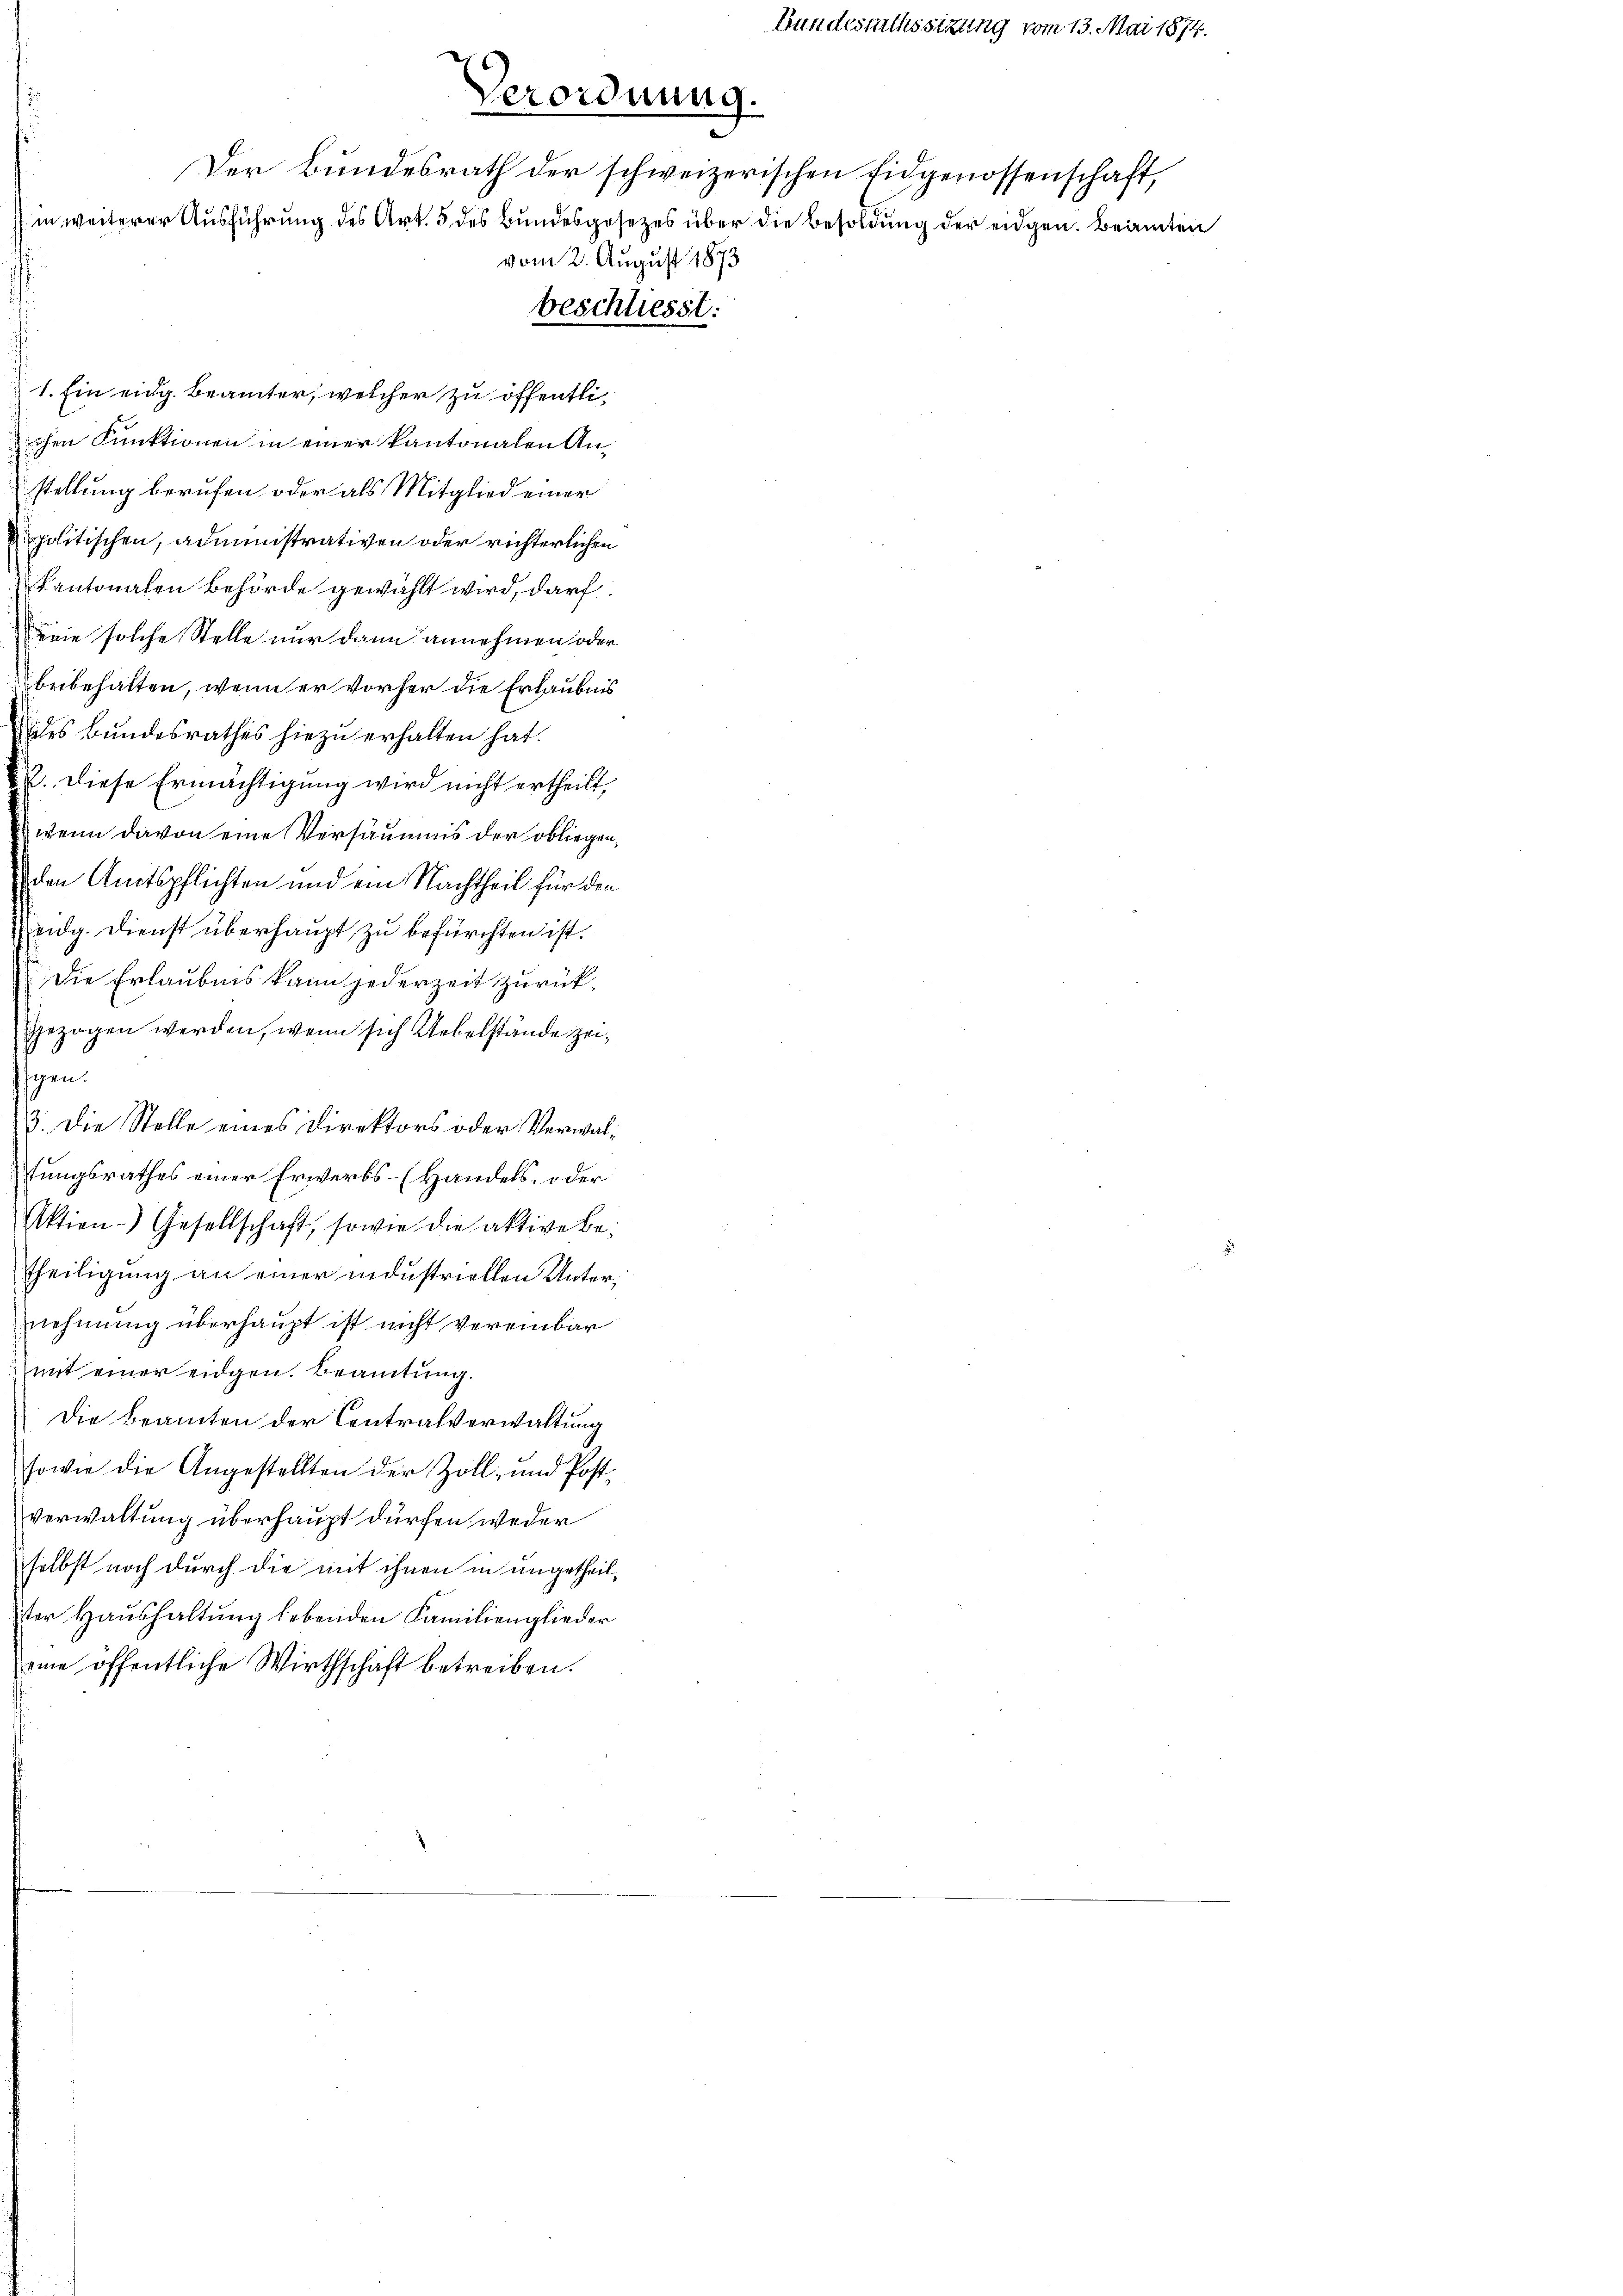
beschliesst:

1. Ein eidg. Beamter, welcher zu öffentlichen Funktionen in einer kantonalen Anstellung berufen oder als Mitglied einer
ppolitischen, administrativen oder richterlichen
Kantonalen Behörde gewählt wird, darf
Deine solche Stelle nur dann annehmen oder
beibehalten, wenn er vorher die Erlaubnis
ales Bundesrathes hiezu erhalten hat.
u. Diese Ermächtigung wird nicht ertheilt,
wenn davon eine Versaums der obliegen,
den Amtspflichten und ein Nachtheil für den
eidg. Dienst überhaupt zu befürchten ist.
Die Erlaubnis kann jederzeit zurückgezogen werden, wenn sich Uebelstände zeigen.
3. Die Stelle eines Direktors oder Verwaltungsrathes einer Erwerbs- (Handels- oder
Aktien- Gesellschaft, sowie die aktive be¬
Theiligung an einer industriellen Unternehmung überhaupt ist nicht vereinbar
mit einer eidgen. Beamtung.
Die Beamten der Centralverwaltung
sowie die Angestellten der Zoll- und Postverwaltung überhaupt dürfen weder
selbst noch durch die mit ihnen in ungetheilder Haushaltung lebenden Familienglieder
eine öffentliche Wirthschaft betreiben.

Verordnung.
Der Bundesrath der schweizerischen Eidgenossenschaft,
in weiterer Ausführung des Art. 5 des Bundesgesezes über die Besoldung der eidgen. Beamten
vom 2. August 1873

Bundesrathssitzung vom 13. Mai 1874.